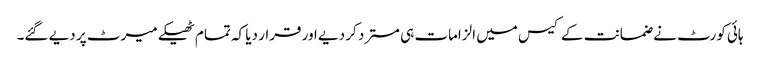
ہائی کورٹ نے ضمانت کے کیس میں الزامات ہی مسترد کر دیے اور قرار دیا کہ تمام ٹھیکے میرٹ پر دیے گئے۔